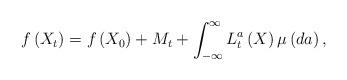
LaTeX: \begin{align*} f\left(X_t\right) = f\left(X_0\right) + M_t + \int_{-\infty}^{\infty} L_t^a\left(X\right) \mu \left(da\right), \end{align*}